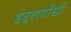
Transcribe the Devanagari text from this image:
इंद्रागाँधी